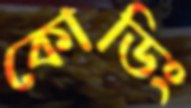
কোডিং